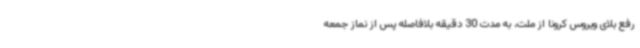
رفع بلای ویروس کرونا از ملت، به مدت 30 دقیقه بلافاصله پس از نماز جمعه